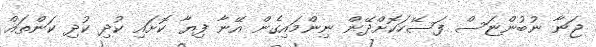
ޖަނާ ނުބުންޏަސް ފަސޭހަކޮށްދޭން ނިންމައިގެން އޭނާ ފިޔާ ކޮށައި ކުދި ކުދި ކަންތައް